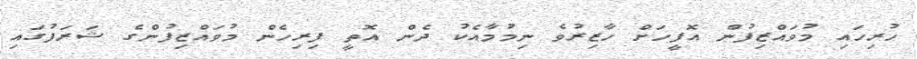
ހުރިހައި މުވައްޒިފުން އޮފީހަށް ހާޒިރުވެ ނިމުމާއެކު ދެން އޮތީ ފިރިހެން މުވައްޒިފުންގެ ޝަރަފުގައި